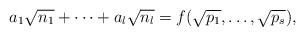
LaTeX: \begin{align*}a_1\sqrt{n_1}+\dots+a_l\sqrt{n_l}=f(\sqrt{p_1},\dots,\sqrt{p_s}),\end{align*}